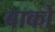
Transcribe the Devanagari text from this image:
बाको